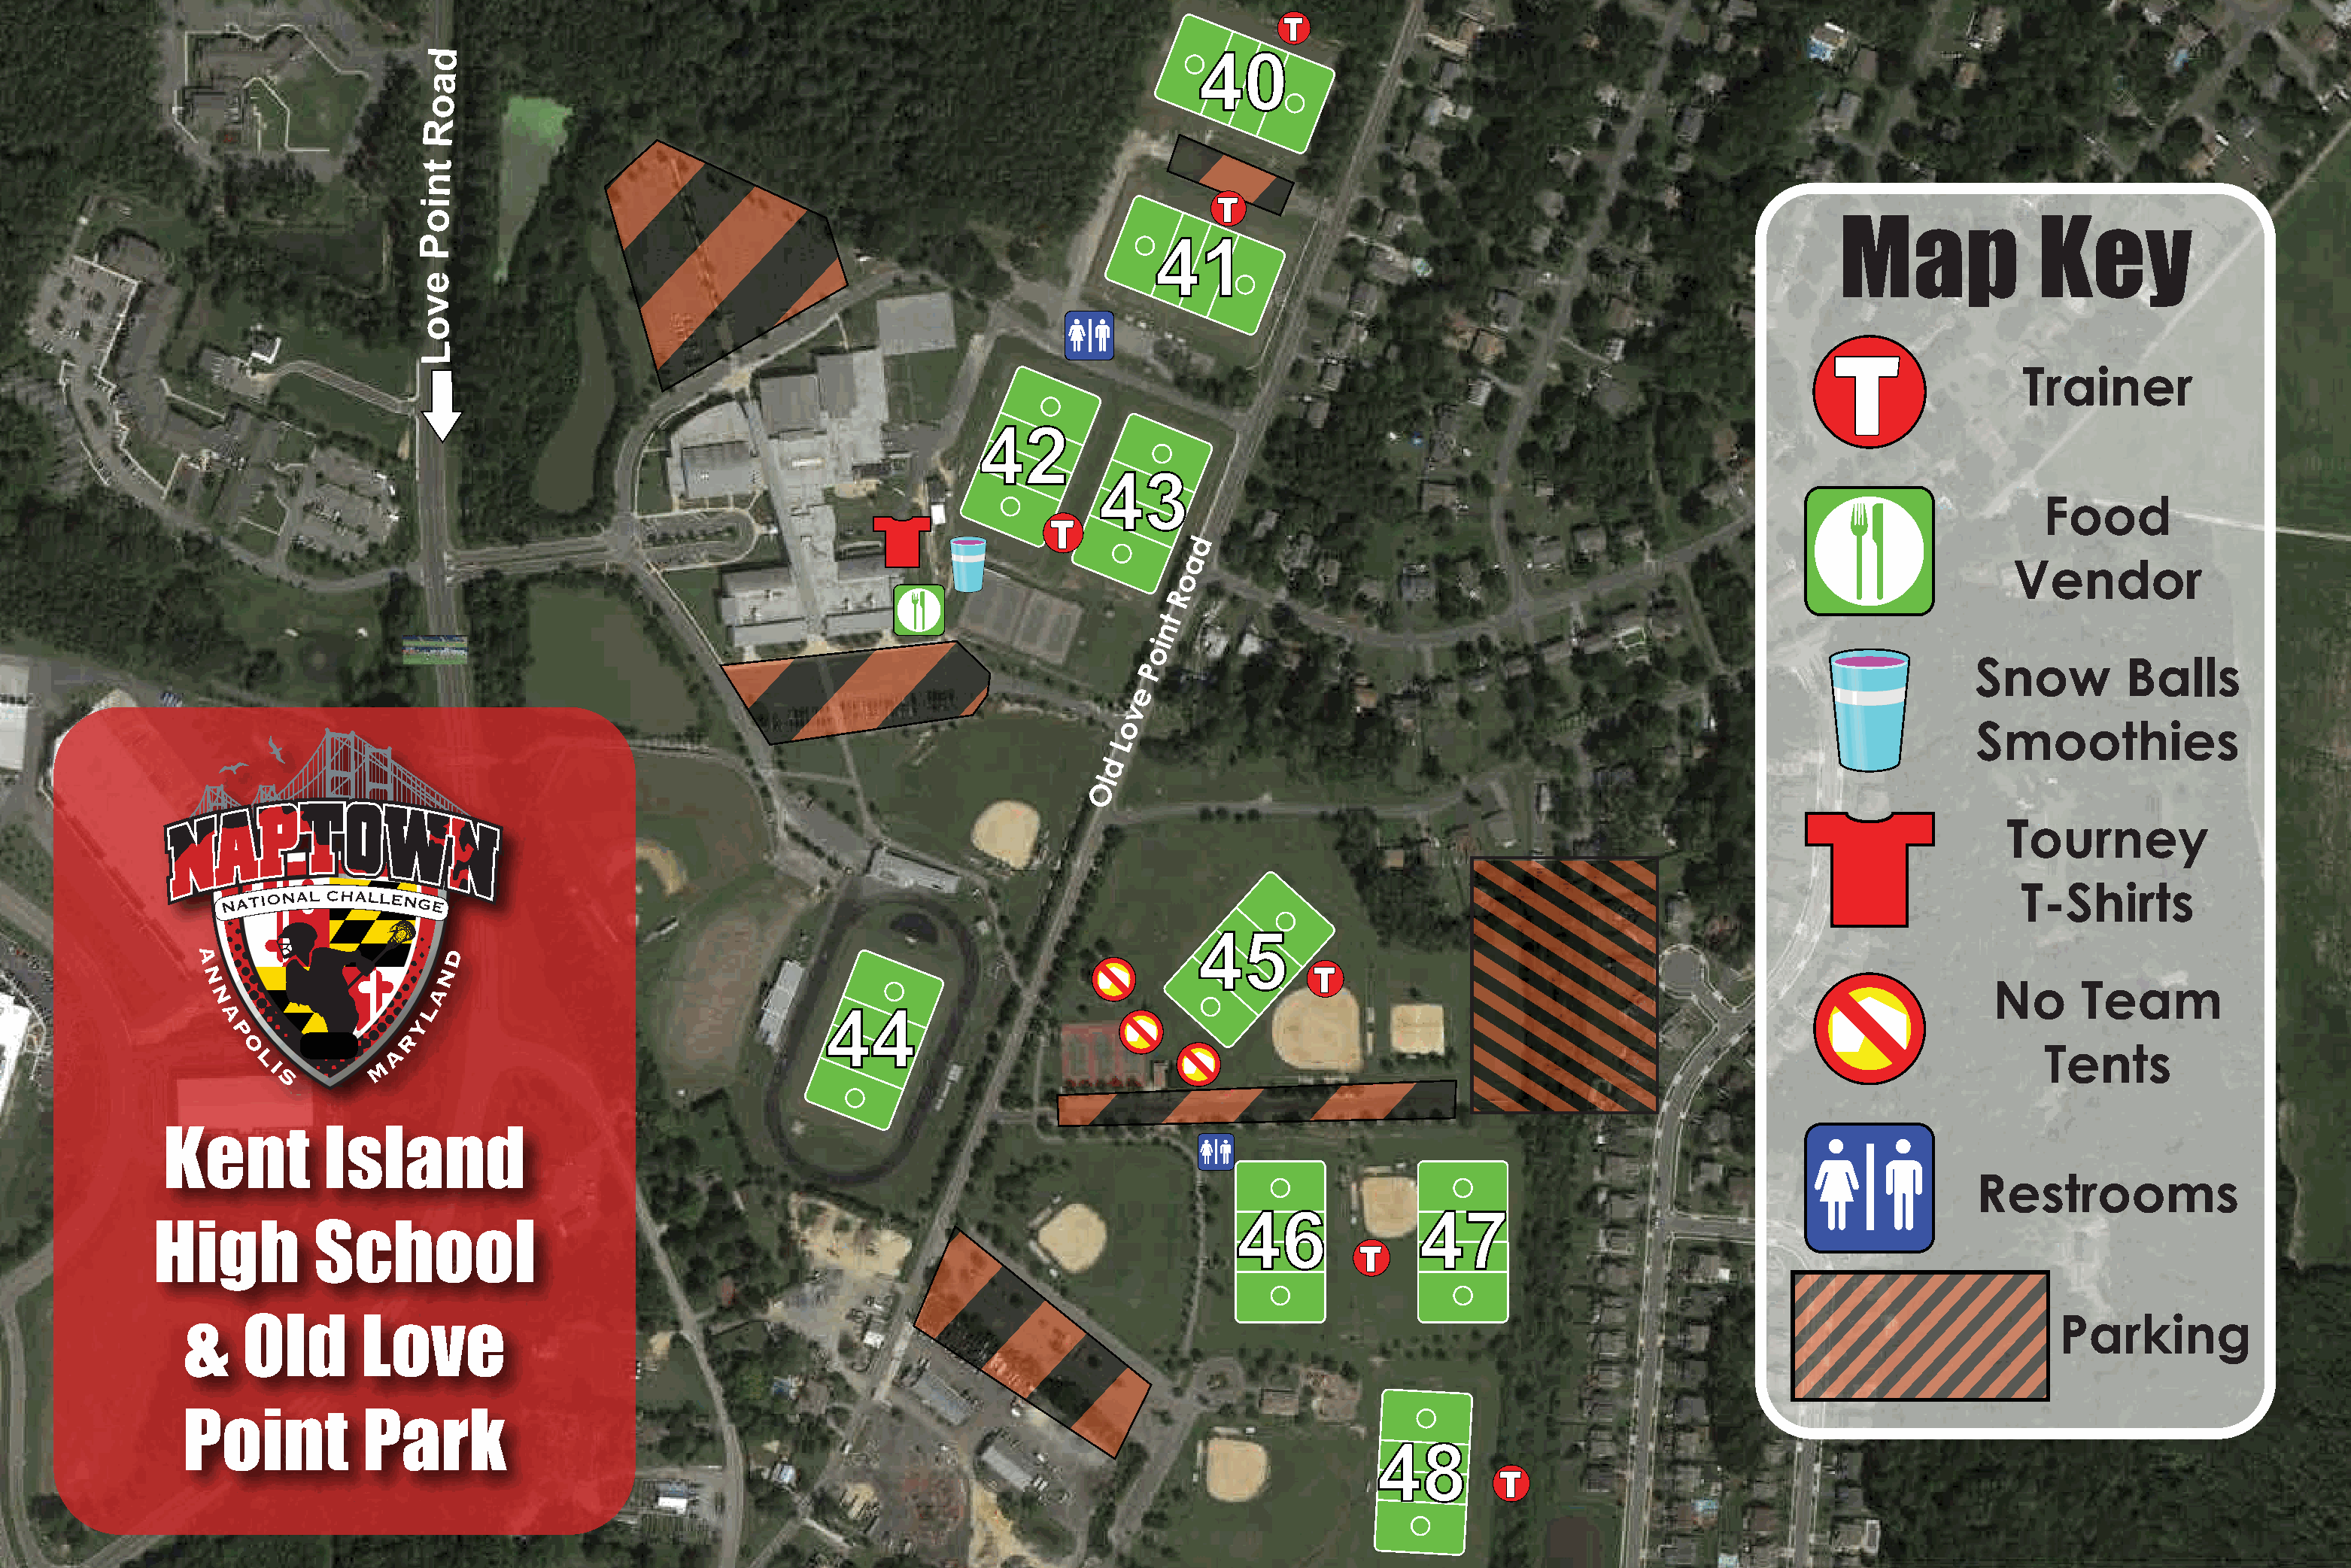
40
 Map              Key
 41
 Trainer
 42
 43
 Food
 d
 a
 Vendor
 o
 R
 t
 n
 i
 o
 P                                                                        Snow         Balls
 e
 v
 o
 Smoothies
 L
 d
 l
 O
 Tourney
 T-Shirts
 45
 No      Team
 44
 Tents
 Kent           Island
 Restrooms
 46              47
 High           School
 Parking
 &    Old        Love
 Point           Park
 48